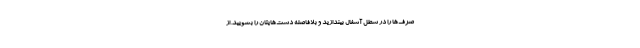
صرف‌ها را در سطل آشغال بیندازید و بلافاصله دست‌هایتان را بشویید. از